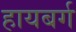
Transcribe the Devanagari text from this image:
हायबर्ग